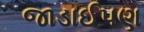
જાડાઈપણ